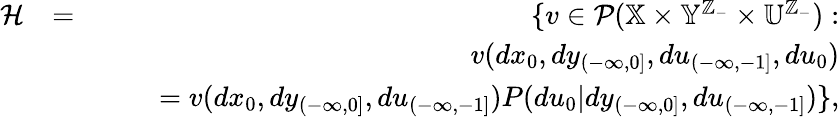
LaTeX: \begin{array}{rlr}{{\cal H}}&{=}&{\{ v\in{\cal P}(\mathbb{X}\times\mathbb{Y}^{\mathbb{Z}_{-}}\times\mathbb{U}^{\mathbb{Z}_{-}}):}\\ &{}&{\quad v(dx_{0},dy_{(-\infty,0]},du_{(-\infty,-1]},du_{0})}\\ &{}&{\quad\quad=v(dx_{0},dy_{(-\infty,0]},du_{(-\infty,-1]})P(du_{0}|dy_{(-\infty,0]},du_{(-\infty,-1]})\} ,}\end{array}